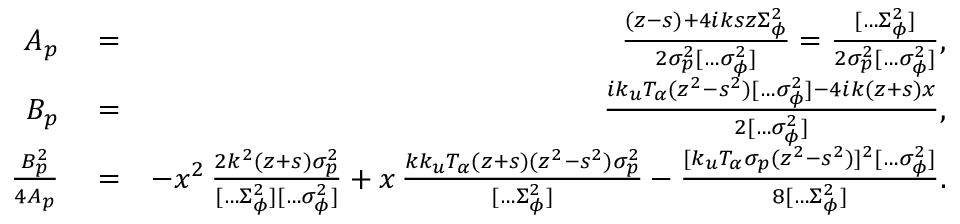
\begin{array} { r l r } { A _ { p } } & { { } = } & { \frac { ( z - s ) + 4 i k s z \Sigma _ { \phi } ^ { 2 } } { 2 \sigma _ { p } ^ { 2 } [ \hdots \sigma _ { \phi } ^ { 2 } ] } = \frac { [ \hdots \Sigma _ { \phi } ^ { 2 } ] } { 2 \sigma _ { p } ^ { 2 } [ \hdots \sigma _ { \phi } ^ { 2 } ] } , } \\ { B _ { p } } & { { } = } & { \frac { i k _ { u } T _ { \alpha } ( z ^ { 2 } - s ^ { 2 } ) [ \hdots \sigma _ { \phi } ^ { 2 } ] - 4 i k ( z + s ) x } { 2 [ \hdots \sigma _ { \phi } ^ { 2 } ] } , } \\ { \frac { B _ { p } ^ { 2 } } { 4 A _ { p } } } & { { } = } & { - x ^ { 2 } \, \frac { 2 k ^ { 2 } ( z + s ) \sigma _ { p } ^ { 2 } } { [ \hdots \Sigma _ { \phi } ^ { 2 } ] [ \hdots \sigma _ { \phi } ^ { 2 } ] } + x \, \frac { k k _ { u } T _ { \alpha } ( z + s ) ( z ^ { 2 } - s ^ { 2 } ) \sigma _ { p } ^ { 2 } } { [ \hdots \Sigma _ { \phi } ^ { 2 } ] } - \frac { [ k _ { u } T _ { \alpha } \sigma _ { p } ( z ^ { 2 } - s ^ { 2 } ) ] ^ { 2 } [ \hdots \sigma _ { \phi } ^ { 2 } ] } { 8 [ \hdots \Sigma _ { \phi } ^ { 2 } ] } . } \end{array}